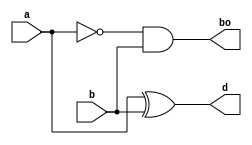

module halfsubtractor(a,b,d,bo);
input a,b;
wire c;
output d,bo;
xor diff1(d,a,b);
not nota(c,a);
and carry(bo,c,b);
endmodule